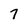
Character: 7